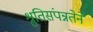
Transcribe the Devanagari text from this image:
श्रुतिसंपन्नतेने